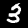
Label: 3